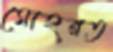
মোহরত